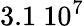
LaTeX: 3.1\ 10^{7}